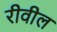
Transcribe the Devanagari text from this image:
रीवील